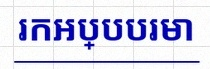
រកអប្បបរមា